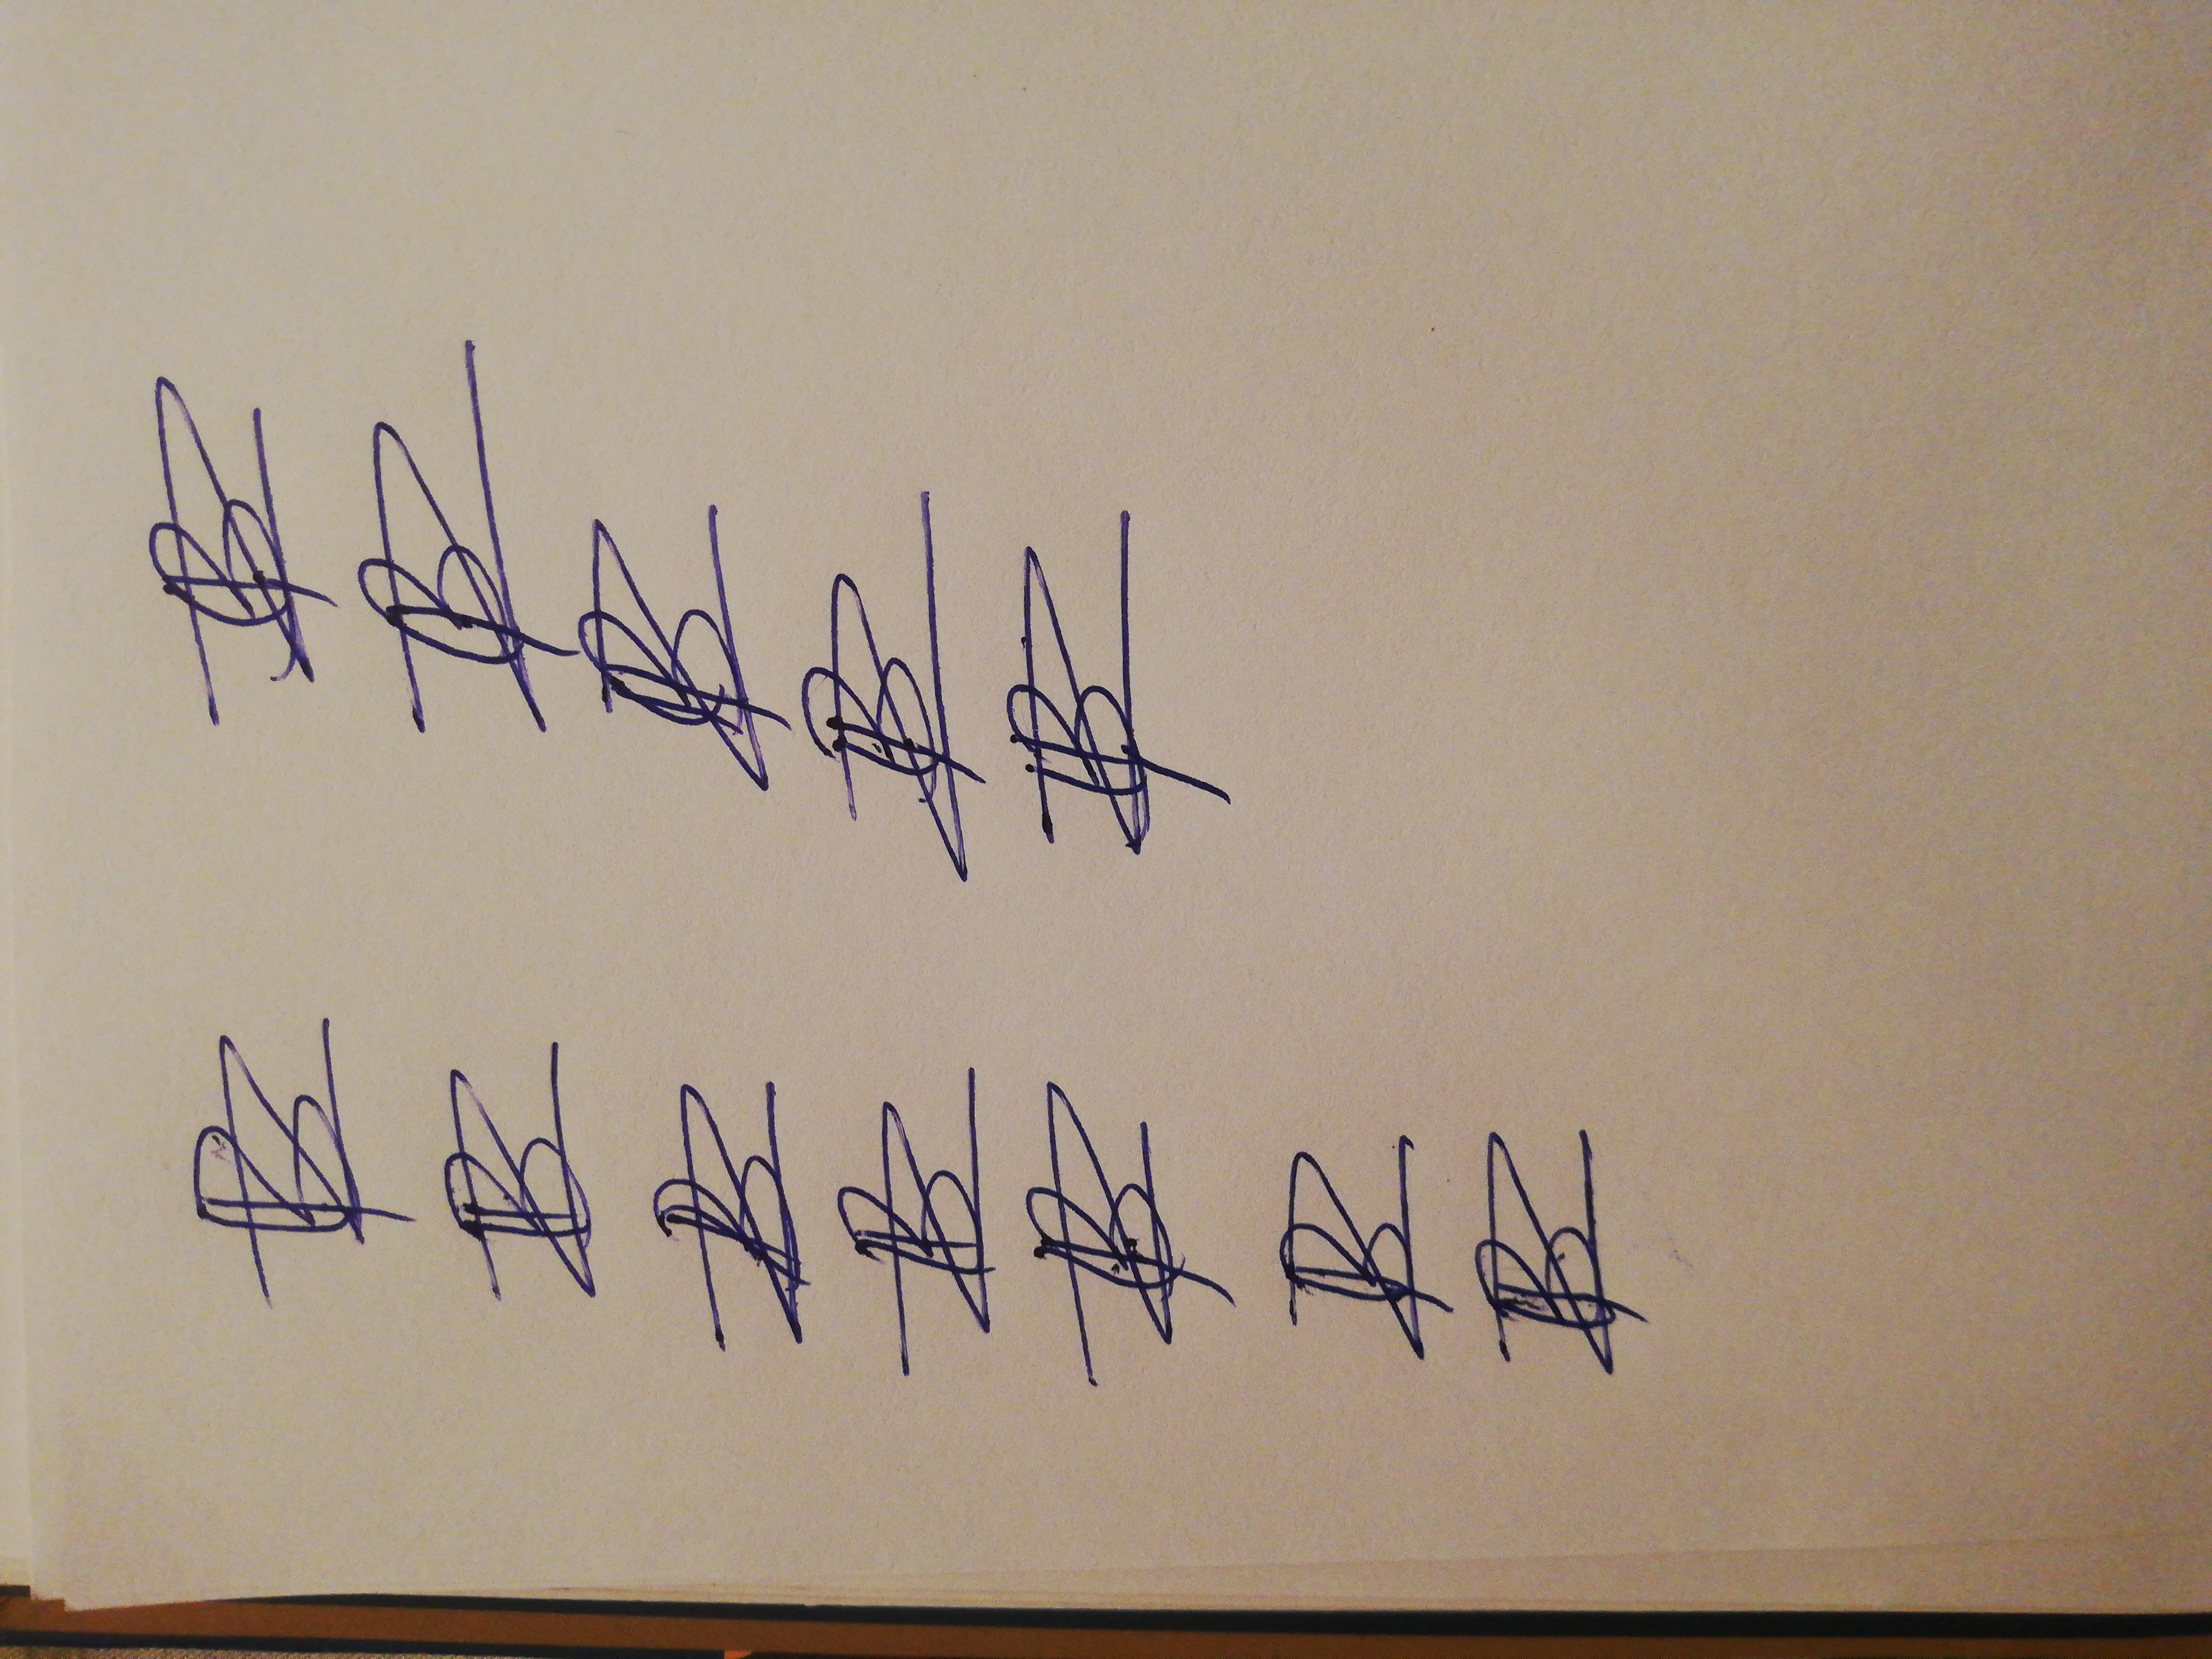
Signature authenticity: forged